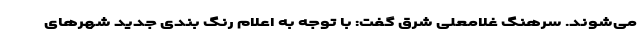
می‌شوند. سرهنگ غلامعلی شرق گفت: با توجه به اعلام رنگ بندی جدید شهرهای